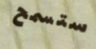
ستسمح